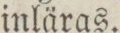
inläras.